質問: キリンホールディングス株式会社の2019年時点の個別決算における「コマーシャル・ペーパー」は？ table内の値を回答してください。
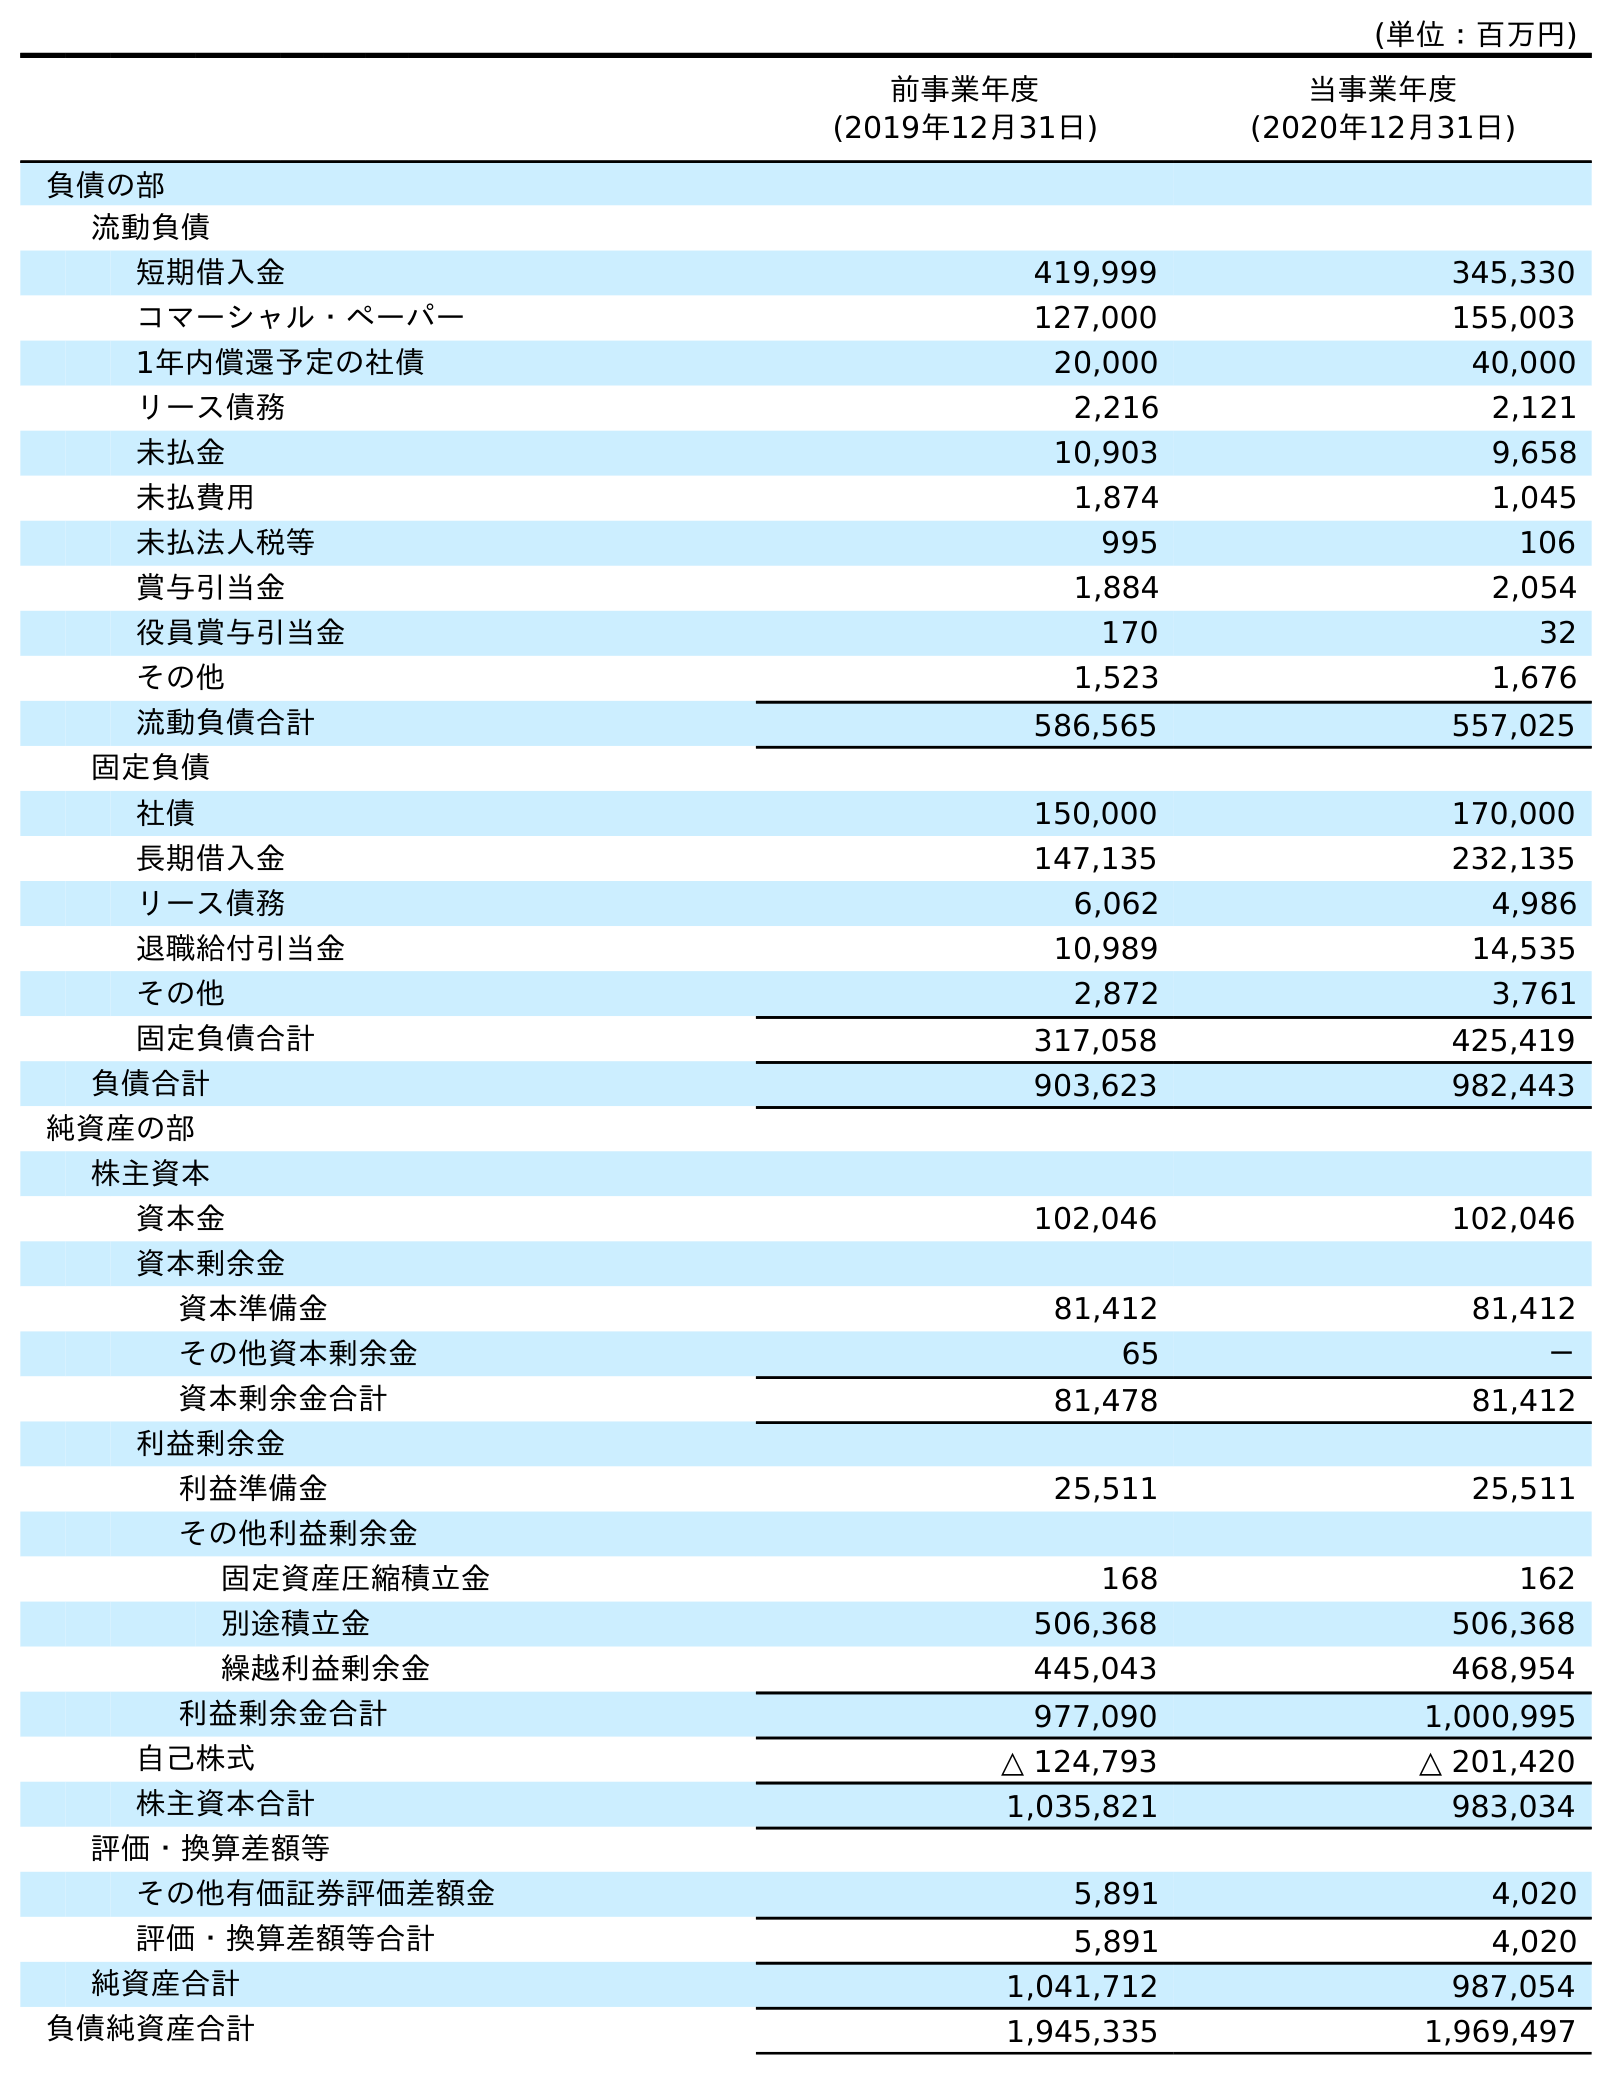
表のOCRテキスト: (単位：百万円) 前事業年度 (2019年12月31日) 当事業年度 (2020年12月31日) 負債の部 流動負債 短期借入金 419,999 345,330 コマーシャル・ペーパー 127,000 155,003 1年内償還予定の社債 20,000 40,000 リース債務 2,216 2,121 未払金 10,903 9,658 未払費用 1,874 1,045 未払法人税等 995 106 賞与引当金 1,884 2,054 役員賞与引当金 170 32 その他 1,523 1,676 流動負債合計 586,565 557,025 固定負債 社債 150,000 170,000 長期借入金 147,135 232,135 リース債務 6,062 4,986 退職給付引当金 10,989 14,535 その他 2,872 3,761 固定負債合計 317,058 425,419 負債合計 903,623 982,443 純資産の部 株主資本 資本金 102,046 102,046 資本剰余金 資本準備金 81,412 81,412 その他資本剰余金 65 － 資本剰余金合計 81,478 81,412 利益剰余金 利益準備金 25,511 25,511 その他利益剰余金 固定資産圧縮積立金 168 162 別途積立金 506,368 506,368 繰越利益剰余金 445,043 468,954 利益剰余金合計 977,090 1,000,995 自己株式 △ 124,793 △ 201,420 株主資本合計 1,035,821 983,034 評価・換算差額等 その他有価証券評価差額金 5,891 4,020 評価・換算差額等合計 5,891 4,020 純資産合計 1,041,712 987,054 負債純資産合計 1,945,335 1,969,497
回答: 127,000